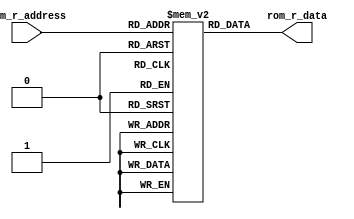
module ROM #(
    parameter DATA_WIDTH    = 12
) (
    input     [1:0]                     rom_r_address,
    output    [DATA_WIDTH-1:0]          rom_r_data
      
);
    reg     [DATA_WIDTH-1:0] ROM [0:3];
 
    initial 
        begin
            ROM[0] = 'b0_10000000000;
            ROM[1] = 'b1_11000000000;
            ROM[2] = 'b0_00101000000;
            ROM[3] = 'b1_11110000000;
        end
    assign  rom_r_data = ROM[rom_r_address];
endmodule